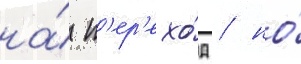
на́ п'ер'ехо́д / но́